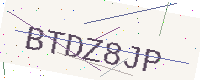
Text: BTDZ8JP